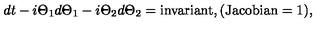
d t - i \Theta _ { 1 } d \Theta _ { 1 } - i \Theta _ { 2 } d \Theta _ { 2 } = \mathrm { i n v a r i a n t } , ( \mathrm { J a c o b i a n } = 1 ) ,